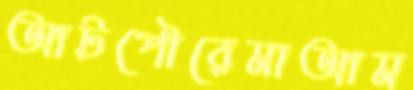
আটপৌরেমাআম